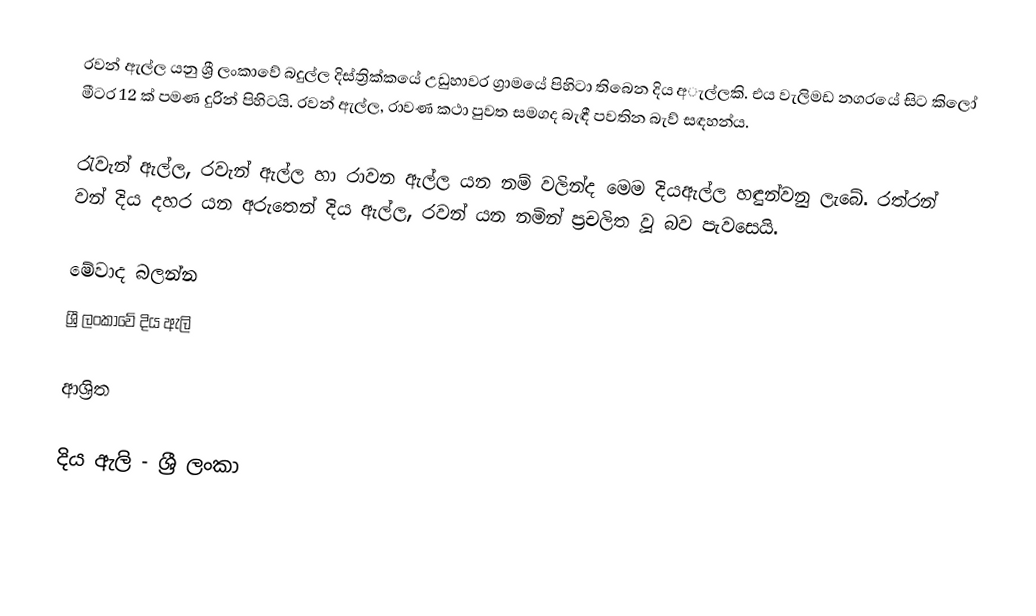
රවන් ඇල්ල යනු ශ්‍රී ලංකාවේ බදුල්ල දිස්ත්‍රික්කයේ උඩුහාවර ග්‍රාමයේ පිහිටා තිබෙන දිය අැල්ලකි. එය වැලිමඩ නගරයේ සිට කිලෝ මීටර 12 ක් පමණ දුරින් පිහිටයි. රවන් ඇල්ල, රාවණ කථා පුවත සමගද බැඳී පවතින බැව් සඳහන්ය.

රැවැන් ඇල්ල, රවැන් ඇල්ල හා රාවන ඇල්ල  යන නම් වලින්ද මෙම දියඇල්ල හඳුන්වනු ලැබේ. රත්රන් වන් දිය දහර යන අරුතෙන් දිය ඇල්ල, රවන් යන නමින් ප්‍රචලිත වූ බව පැවසෙයි.

මේවාද බලන්න
 ශ්‍රී ලංකාවේ දිය ඇලි

ආශ්‍රිත

දිය ඇලි - ශ්‍රී ලංකා